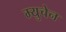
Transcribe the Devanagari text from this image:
म्युचेन